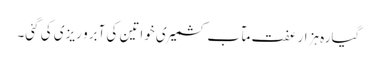
گیارہ ہزار عفت مآب کشمیری خواتین کی آبرو ریزی کی گئی۔